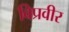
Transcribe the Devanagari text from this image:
विप्रवीर